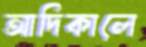
আদিকালে